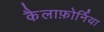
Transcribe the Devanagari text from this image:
कैलाफ़ोर्निया